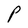
Character: P